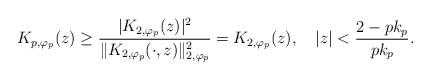
LaTeX: \begin{align*}K_{p,\varphi_p}(z)\geq\frac{|K_{2,\varphi_p}(z)|^2}{\|K_{2,\varphi_p}(\cdot,z)\|_{2,\varphi_p}^2}=K_{2,\varphi_p}(z),\ \ \ |z|<\frac{2-pk_p}{pk_p}.\end{align*}